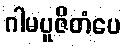
ဂါမပူဇိတံပေ